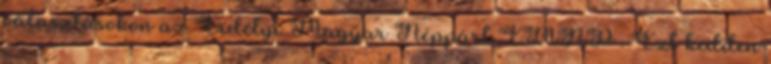
választásokon az Erdélyi Magyar Néppárt EMNP . Ezt kedden